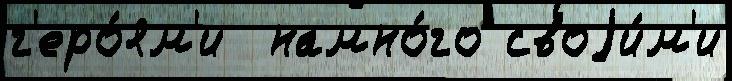
г'еро́ям'и  намно́го своjи́м'и